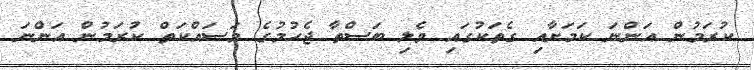
ކުރަމުން އަންނަ ކަމަށާއި ގެތަކުގައި ވެލި ބަސްތާ ޖެހުމުގެ މަސައްކަތް ކުރަމުން އަންނަ